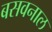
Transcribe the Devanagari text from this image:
बसवनाल